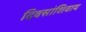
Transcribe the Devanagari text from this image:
दिवसांशिवाय